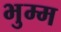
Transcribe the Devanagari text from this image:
भुम्म